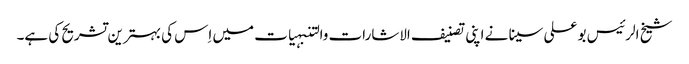
شیخ الرئیس بو علی سینا نے اپنی تصنیف الاشارات والتنبہیات میں اِس کی بہترین تشریح کی ہے۔